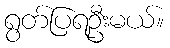
ရွတ်ပြရဦးမယ်။